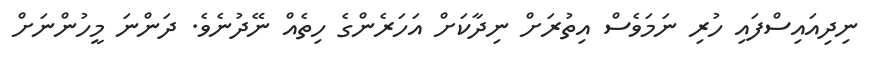
ނިދިއައިސްފައި ހުރި ނަމަވެސް އިތުރަށް ނިދާކަށް އަހަރެންގެ ހިތެއް ނޭދުނެވެ. ދަންނަ މީހުންނަށް